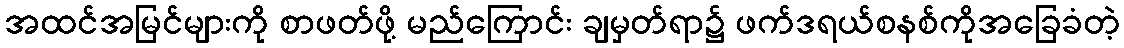
အထင်အမြင်များကို စာဖတ်ဖို့ မည်ကြောင်း ချမှတ်ရာ၌ ဖက်ဒရယ်စနစ်ကိုအခြေခံတဲ့